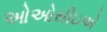
ઓઓસીઇએ